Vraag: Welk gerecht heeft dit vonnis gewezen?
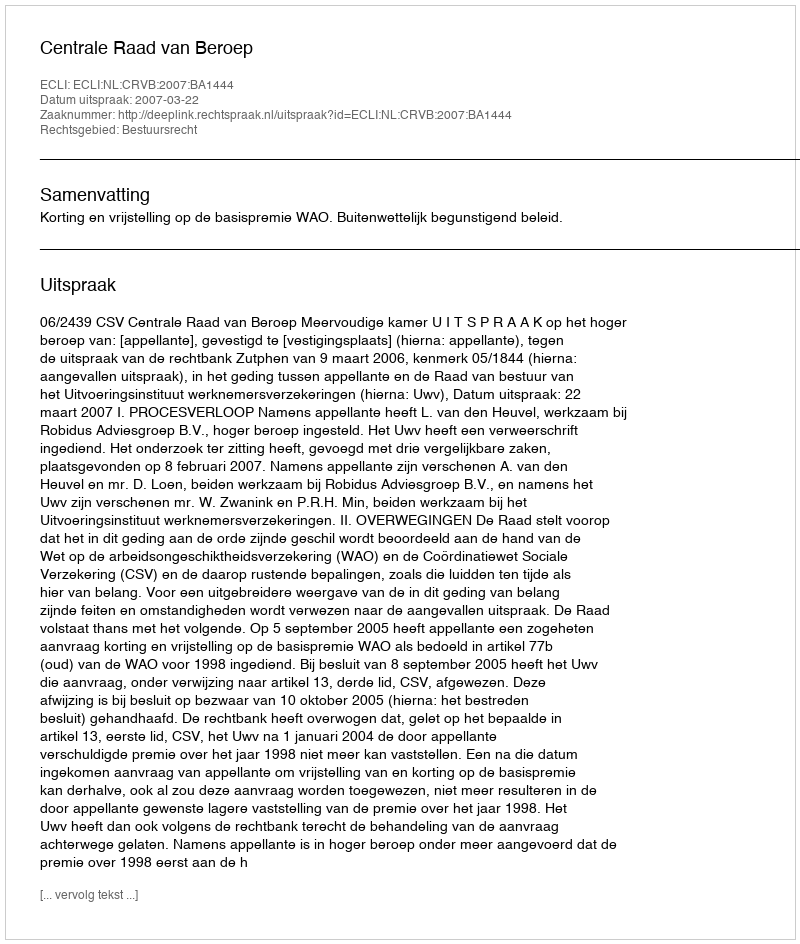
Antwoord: Centrale Raad van Beroep